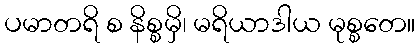
ပမာတရိ စ နိစ္စမှိ၊ မရိယာဒါယ မုစ္စတေ။